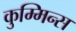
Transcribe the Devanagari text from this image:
कुम्मिन्स